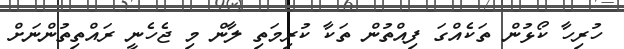
ހުރިހާ ކޯޅުން ތަކެއްގަ ފިއްްތުން ތަކާ ކުރިމަތި ލާން މި ޖެހެނީ ރައްތިތުންނަށް